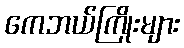
ကေဘယ်ကြိုးများ